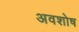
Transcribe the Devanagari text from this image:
अवशोष